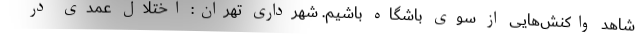
شاهد واکنش‌هایی از سوی باشگاه باشیم. شهرداری تهران: اختلال عمدی در